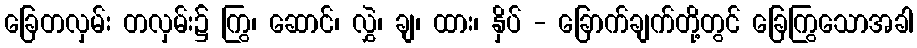
ခြေတလှမ်း တလှမ်း၌ ကြွ၊ ဆောင်၊ လွှဲ၊ ချ၊ ထား၊ နှိပ် - ခြောက်ချက်တို့တွင် ခြေကြွသောအခါ